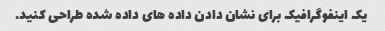
یک اینفوگرافیک برای نشان دادن داده های داده شده طراحی کنید.